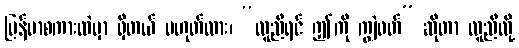
မြန်မာစကားထဲမှာ ရှိတယ် မဟုတ်လား၊ “လူညီရင် ဤကို ကျွဲဖတ်” ဆိုတာ လူညီလို့